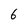
Character: 6